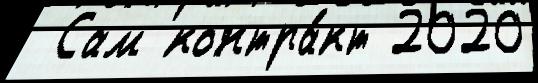
 Сам контра́кт 2020